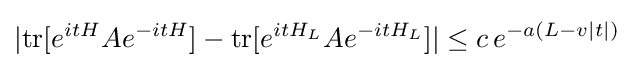
|{\text{tr}}[e^{itH}Ae^{-itH}]-{\text{tr}}[e^{itH_{L}}Ae^{-itH_{L}}]|\leq c\,e^{-a(L-v|t|)}